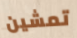
تمشين